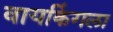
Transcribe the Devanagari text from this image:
वायकिंगला